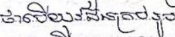
ថាបើយុវជនគ្រប់រូប